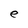
Character: e